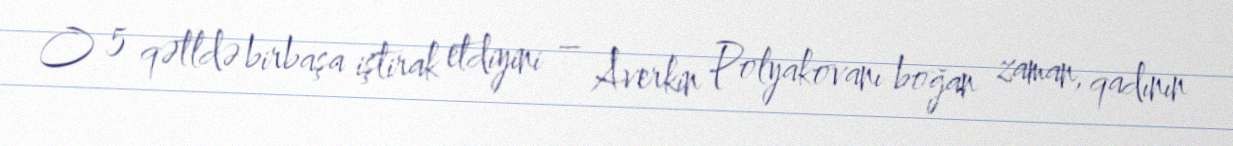
O 5 qətldə birbaşa iştirak etdiyini – Averkin Polyakovanı boğan zaman, qadının